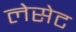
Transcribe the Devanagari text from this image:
लेसेट